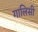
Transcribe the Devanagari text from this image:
गालिसी